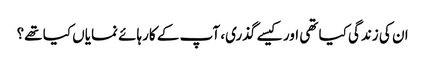
ان کی زندگی کیا تھی اور کیسے گذری، آپ کے کارہائے نمایاں کیا تھے؟